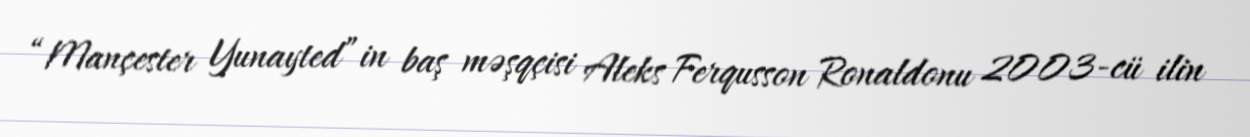
“Mançester Yunayted”in baş məşqçisi Aleks Ferqusson Ronaldonu 2003-cü ilin